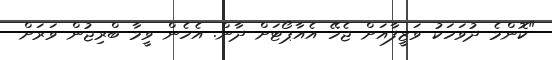
"ކޮންމެ ދުވަހަކު ވަޒީފާއަށް ޖެހޭ އެއާޕޯޓަށް ދާން. އެހެން ވީމާ ބްރިޖުން ވަރަށް